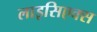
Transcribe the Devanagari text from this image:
लाइसिएक्स